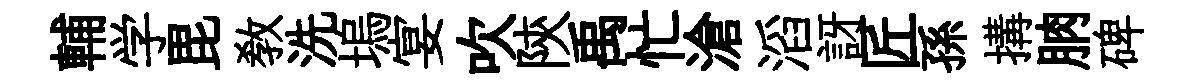
輔学毘敎洗塢宴吹陝禹忙滄滔訝匠孫搆朒碑